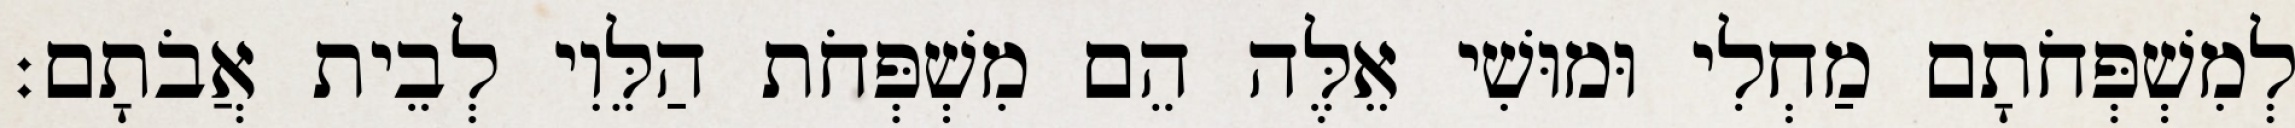
לְמִשְׁפְּחֹתָם מַחְלִי וּמוּשִׁי אֵלֶּה הֵם מִשְׁפְּחֹת הַלֵּוִי לְבֵית אֲבֹתָם׃